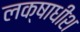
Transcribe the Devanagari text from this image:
लक्षाधीश